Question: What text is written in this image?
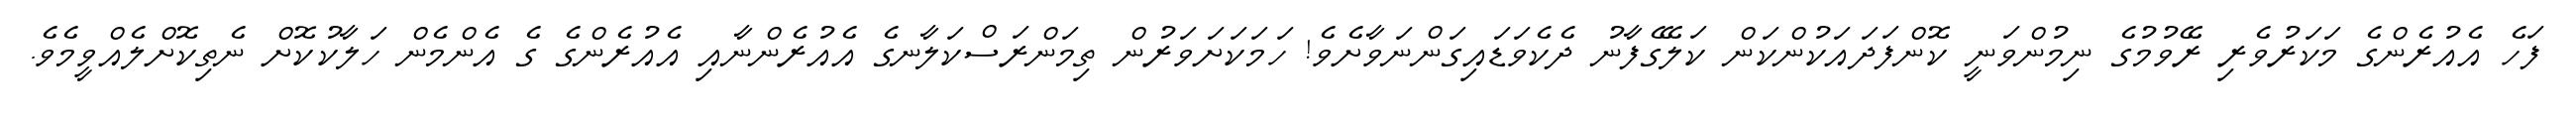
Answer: ފަހެ އެއުރެންގެ މަކަރުވެރި ރޭވުމުގެ ނިމުންވަނީ ކޮންފަދައަކުންކަން ކަލޭގެފާނު ދެކެވަޑައިގަންނަވާށެވެ! ހަމަކަށަވަރުން ތިމަންރަސްކަލާނގެ އެއުރެންނާއި އެއުރެންގެ ގެ އެންމެން ހަލާކުކޮށް ނެތިކޮށްލެއްވީމެވެ.